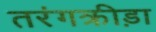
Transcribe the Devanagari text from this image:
तरंगक्रीड़ा